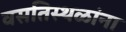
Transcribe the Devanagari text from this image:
वसतिस्थळांना